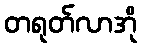
တရုတ်လာအို